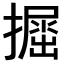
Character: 𢶵